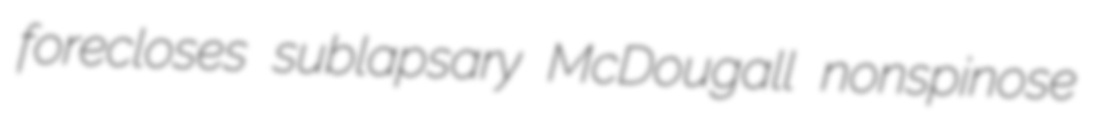
forecloses sublapsary McDougall nonspinose